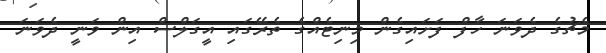
މެޗުގެ ދެވަނަ ހާފް ފަށައިގެން މިނިޓެއްގެ ތެރޭގައި އީގަލްސް އިން ވަނީ ދެވަނަ